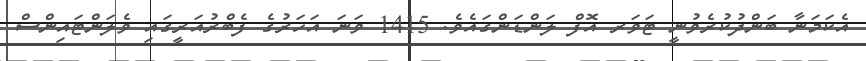
އެކަމަނާ ބަންދުކުރެވުނީ ޓަވަރ އޮފް ލަންޑަންގައެވެ. 1415 ވަނަ އަހަރުގެ ފެބްރުއަރީގައި ވެލަންޓައިންސް